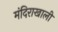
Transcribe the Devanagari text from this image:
मंदिराखाली